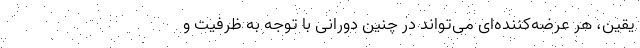
یقین، هر عرضه‌کننده‌ای می‌تواند در چنین دورانی با توجه به ظرفیت و